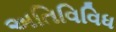
અતિવિવિધ